Document type: Sale
Year: 1209
Scribe: Arnau de Torre
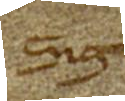
Sig